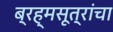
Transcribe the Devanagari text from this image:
ब्रह्मसूत्रांचा